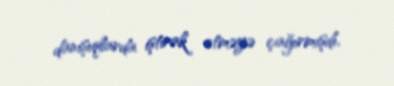
danışıqlarda iştirak etməyə çağırmışdı.